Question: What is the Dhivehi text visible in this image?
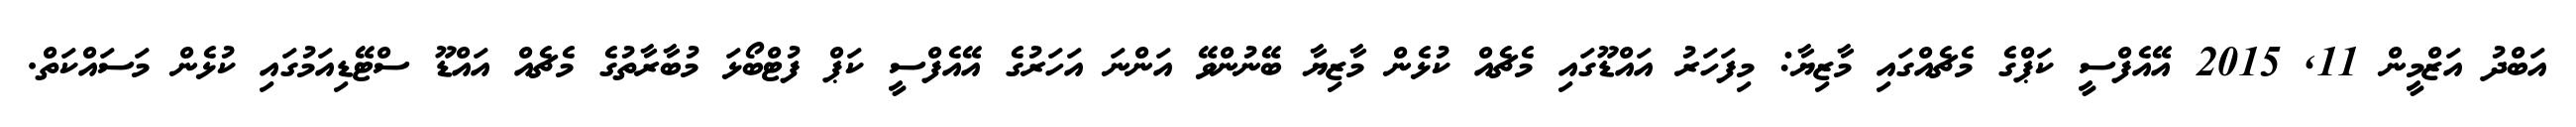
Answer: އަބްދު އަޒްމީން 11, 2015 އޭއެފްސީ ކަޕްގެ މެޗެއްގައި މާޒިޔާ: މިފަހަރު އައްޑޫގައި މެޗެއް ކުޅެން މާޒިޔާ ބޭނުންވޭ އަންނަ އަހަރުގެ އޭއެފްސީ ކަޕް ފުޓްބޯޅަ މުބާރާތުގެ މެޗެއް އައްޑޫ ސްޓޭޑިއަމުގައި ކުޅެން މަސައްކަތް.